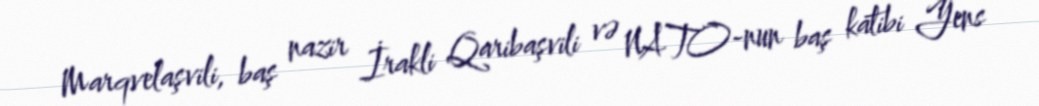
Marqvelaşvili, baş nazir İrakli Qaribaşvili və NATO-nun baş katibi Yens